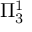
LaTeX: \Pi _ { 3 } ^ { 1 }